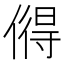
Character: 𫣓